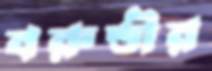
বরুন্ডীর